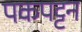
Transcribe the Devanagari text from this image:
पकपट्टन